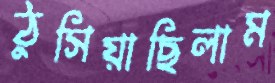
ঠুসিয়াছিলাম